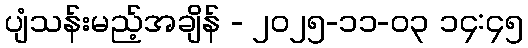
ပျံသန်းမည့်အချိန် - ၂၀၂၅-၁၁-၀၃ ၁၄:၄၅